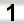
Digit: 1